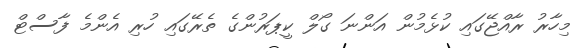
މިހާރު ރާއްޖޭގައި ކުޅެމުން އަންނަ ގޯލް ކީޕަރުންގެ ތެރޭގައި ހުރި އެންމެ ފާސްޓް